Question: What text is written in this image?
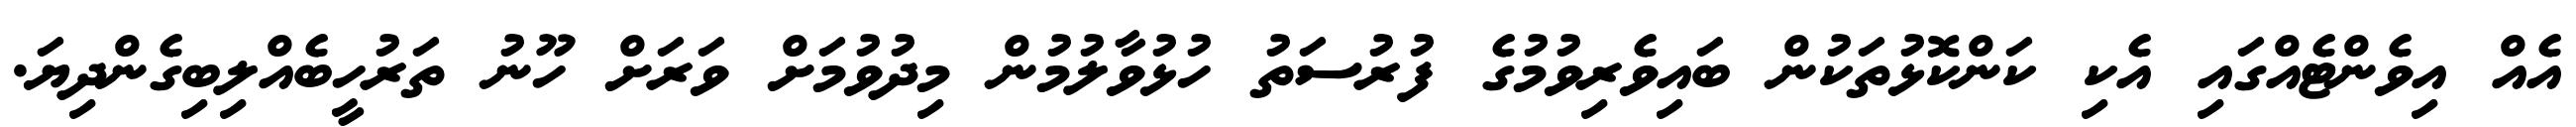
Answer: އެއް އިވެންޓެއްގައި އެކި ކަންކޮޅުތަކުން ބައިވެރިވުމުގެ ފުރުސަތު ހުޅުވާލުމުން މިދުވުމަށް ވަރަށް ހޫނު ތަރުހީބެއްލިބިގެންދިޔަ.